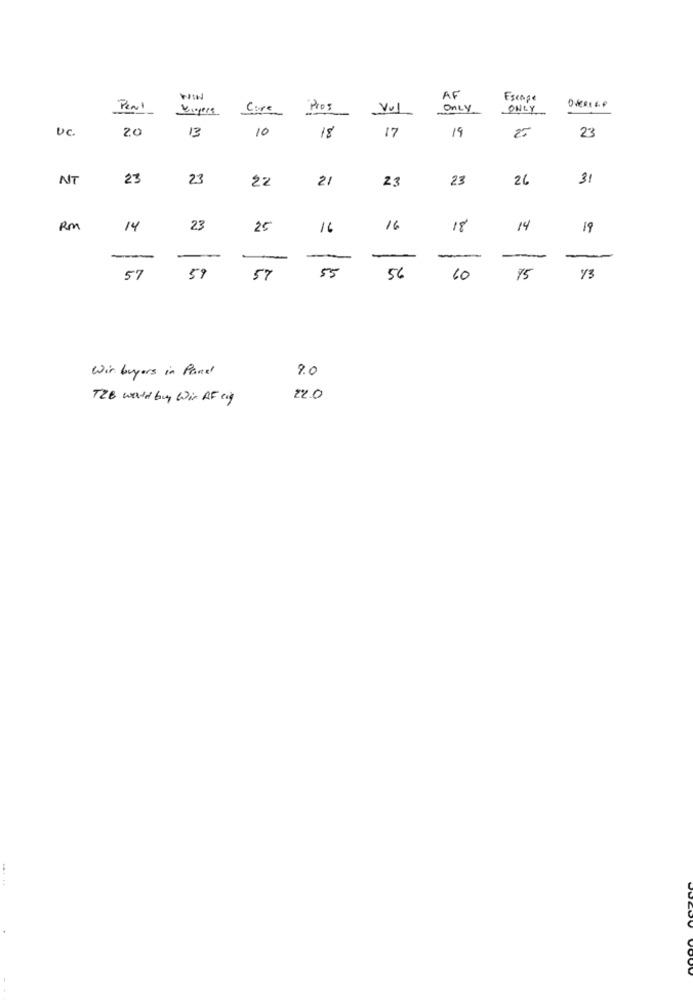
WIN
AF
Escape
Pent
Vigers
Core
"Pros
Vul
ONLY
ONLY
UC
20
13
10
19
18
17
23
NT
23
23
21
23
26
31
22
23
RM
14
23
25
16
16
18
14
19
55
57
59
57
56
60
75
y3
9.0
Wir buyers in Panel
TZB would buy Wir AF cy
22.0